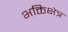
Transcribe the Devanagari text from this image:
भक्तिक्षेत्र